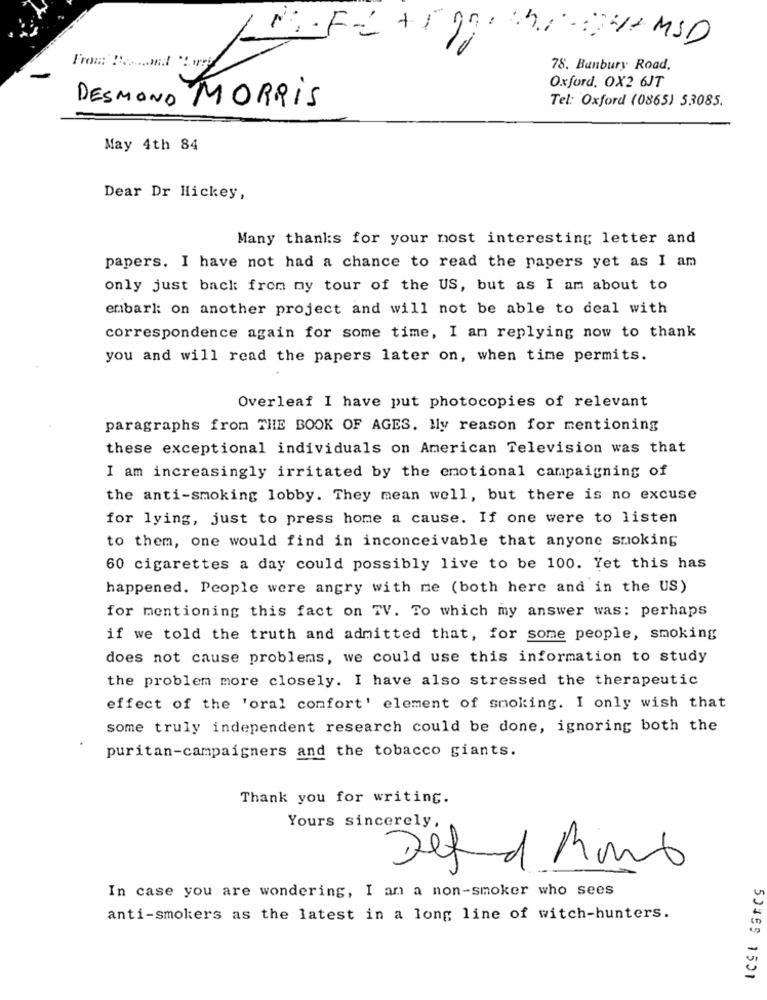
From Beerand Carry
78. Bunbury Road.
Oxford, OX2 6JT
DESMOND MORRIS
Tel: Oxford (0865) 53085.
May 4th 84
Dear Dr Hickey,
Many thanks for your most interesting letter and
papers. I have not had a chance to read the papers yet as I am
only just back from my tour of the US, but as I am about to
embark on another project and will not be able to deal with
correspondence again for some time, I am replying now to thank
you and will read the papers later on, when time permits.
Overleaf I have put photocopies of relevant
paragraphs from THE BOOK OF AGES. My reason for mentioning
these exceptional individuals on American Television was that
I am increasingly irritated by the emotional campaigning of
the anti-smoking lobby. They mean well, but there is no excuse
for lying, just to press home a cause. If one were to listen
to them, one would find in inconceivable that anyone smoking
60 cigarettes a day could possibly live to be 100. Yet this has
happened. People were angry with me (both here and in the US)
for mentioning this fact on TV. To which my answer was: perhaps
if we told the truth and admitted that, for some people, smoking
does not cause problems, we could use this information to study
the problem more closely. I have also stressed the therapeutic
effect of the 'oral comfort' element of smoking. I only wish that
some truly independent research could be done, ignoring both the
puritan-campaigners and the tobacco giants.
Thank you for writing.
Yours sincerely,
Det d Amb
In case you are wondering, I am a non-smoker who sees
anti-smokers as the latest in a long line of witch-hunters.
50355 1551